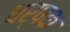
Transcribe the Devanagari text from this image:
धर्षक